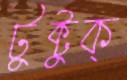
টুক্‌টুক্‌